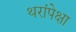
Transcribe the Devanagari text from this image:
थरांपेक्षा